Civil Veterinary Dept. North-West Frontier Province 1901-22 - 1901-1922
Year: 1901
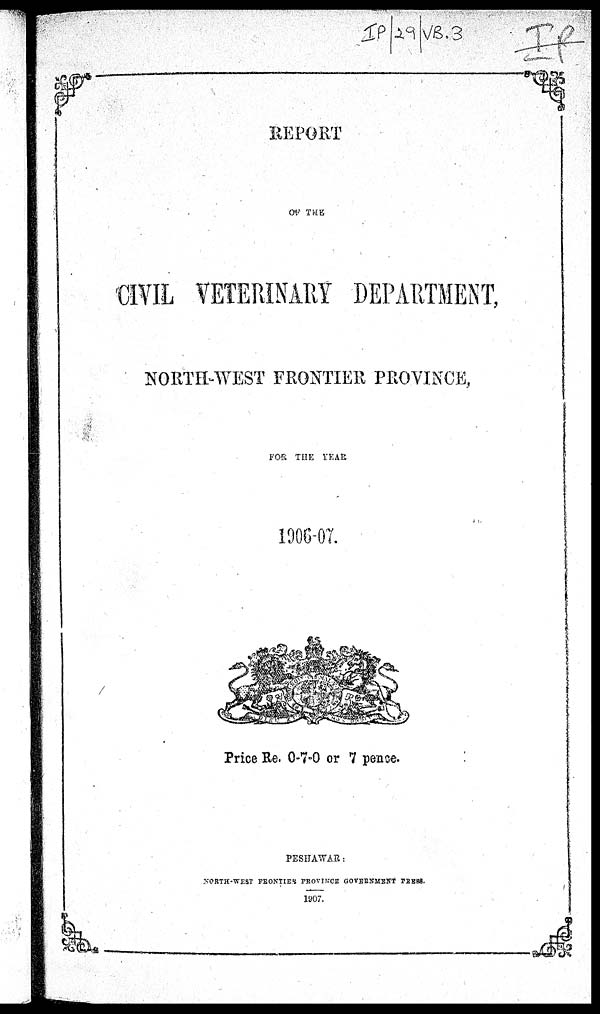
REPORT
OF THE
CIVIL VETERINARY DEPARTMENT,
NORTH-WEST FRONTIER PROVINCE,
FOR THE YEAR
1906-07.
Price Re. 0-7-0 or 7 pence.
PESHAWAR:
NORTH-WEST FRONTIER PROVINCE GOVERNMENT PRESS.
1907.